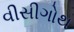
વીસીગોથ